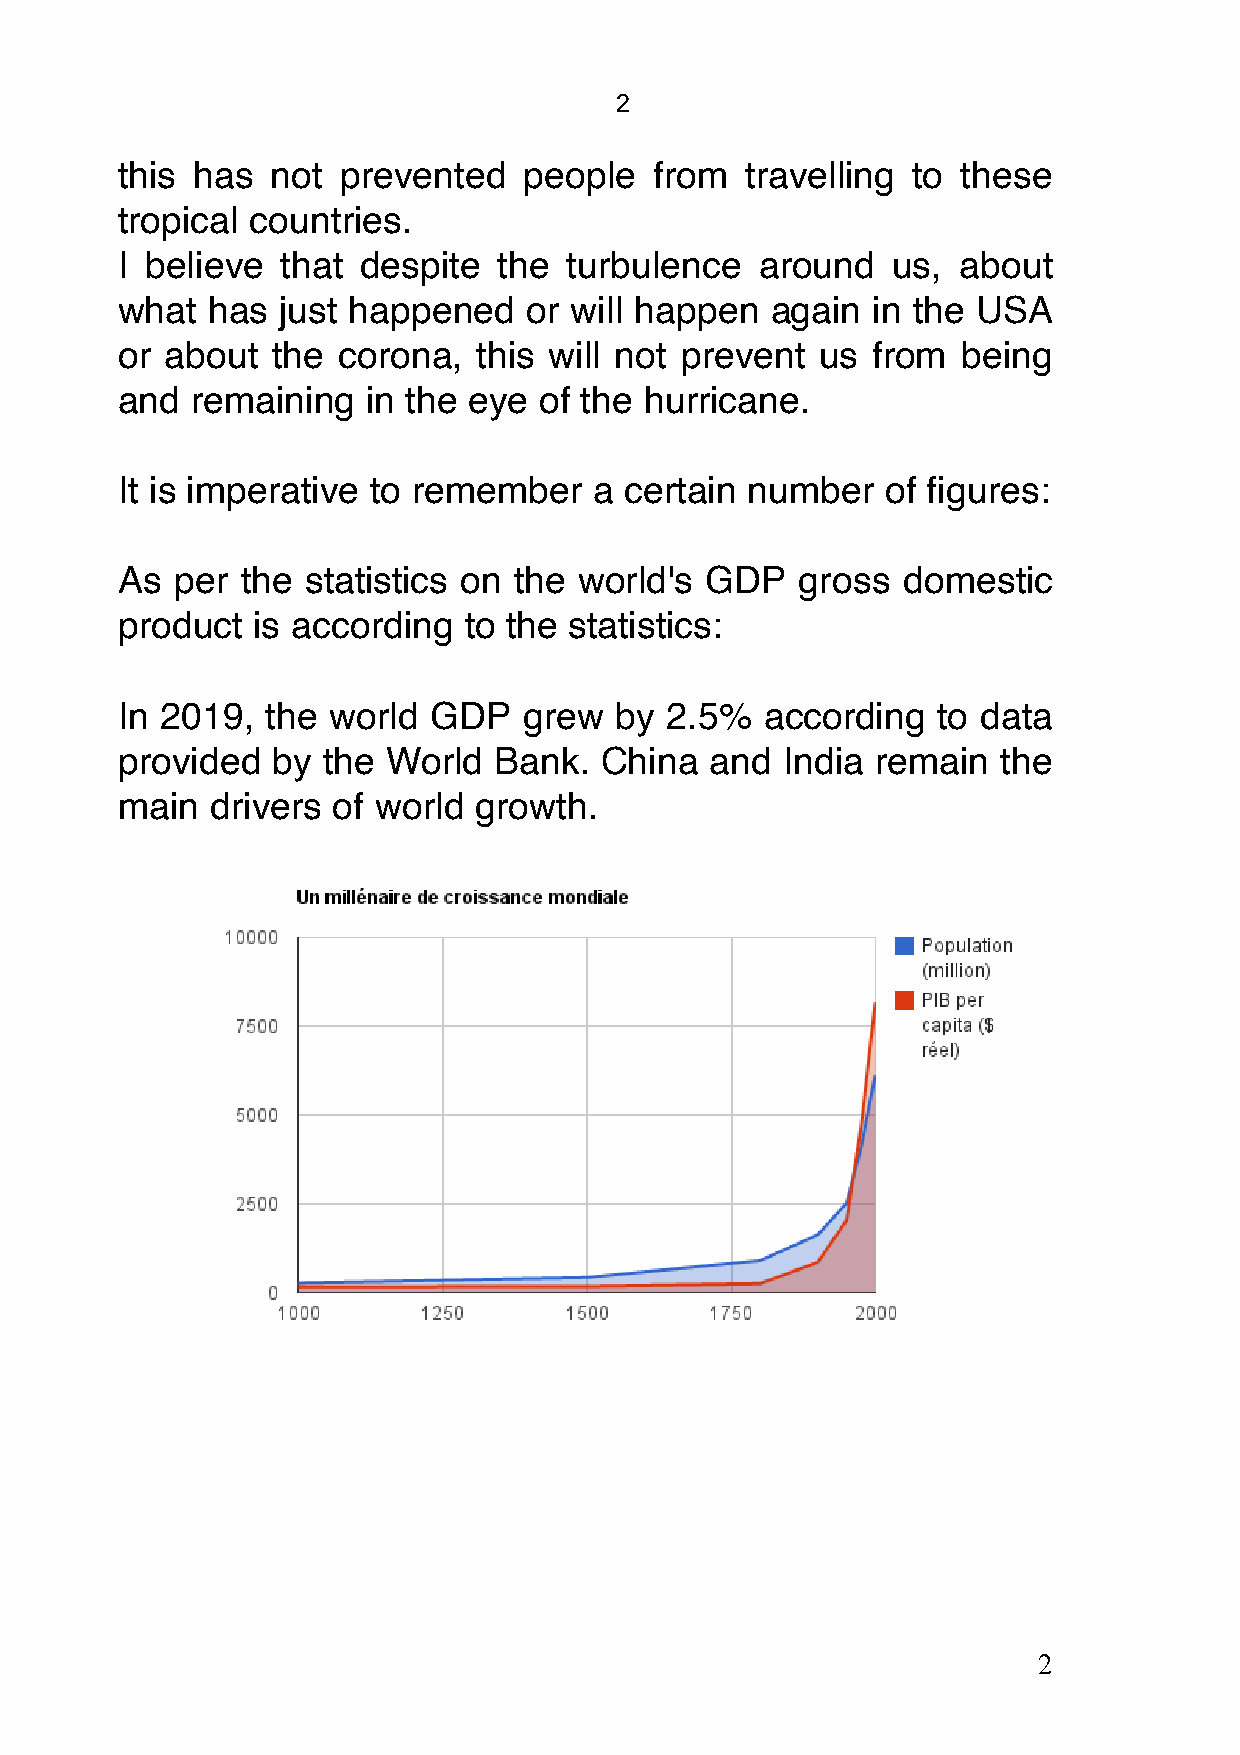
2
 this has  not  prevented   people  from  travelling to  these
 tropical countries.
 I believe  that despite  the  turbulence  around   us,  about
 what  has  just happened   or will happen  again  in the USA
 or about  the corona,   this will not prevent us  from  being
 and  remaining  in the eye  of the hurricane.
 It is imperative to remember   a certain  number   of figures:
 As  per the statistics on the world's  GDP   gross  domestic
 product  is according  to the statistics:
 In 2019,  the world  GDP   grew  by 2.5%   according  to data
 provided  by the  World  Bank.  China  and  India remain  the
 main  drivers of world growth.
 2